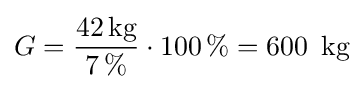
G={\frac {42\,{\text{kg}}}{7\,\%}}\cdot {100\,\%}=600\,{\text{ kg}}